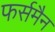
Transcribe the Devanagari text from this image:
फर्समैन